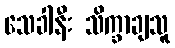
သေခါနီး သိက္ခာချသူ